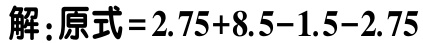
解：原式\(=2.75 + 8.5 - 1.5 - 2.75\)